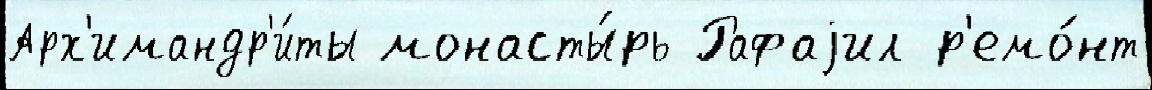
Арх'имандр'и́ты монасты́рь Рафаjил р'емо́нт